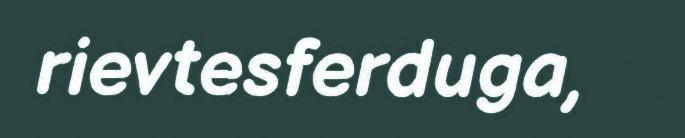
rievtesferduga,